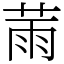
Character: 𦲸